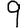
Digit: 9